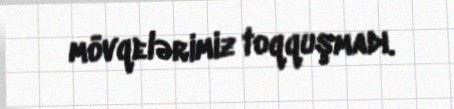
mövqelərimiz toqquşmadı.